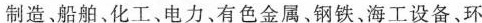
制造、船舶、化工、电力、有色金属、钢铁、海工设备、环